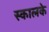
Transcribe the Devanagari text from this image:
स्कालके